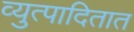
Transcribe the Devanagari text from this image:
व्युत्पादितात